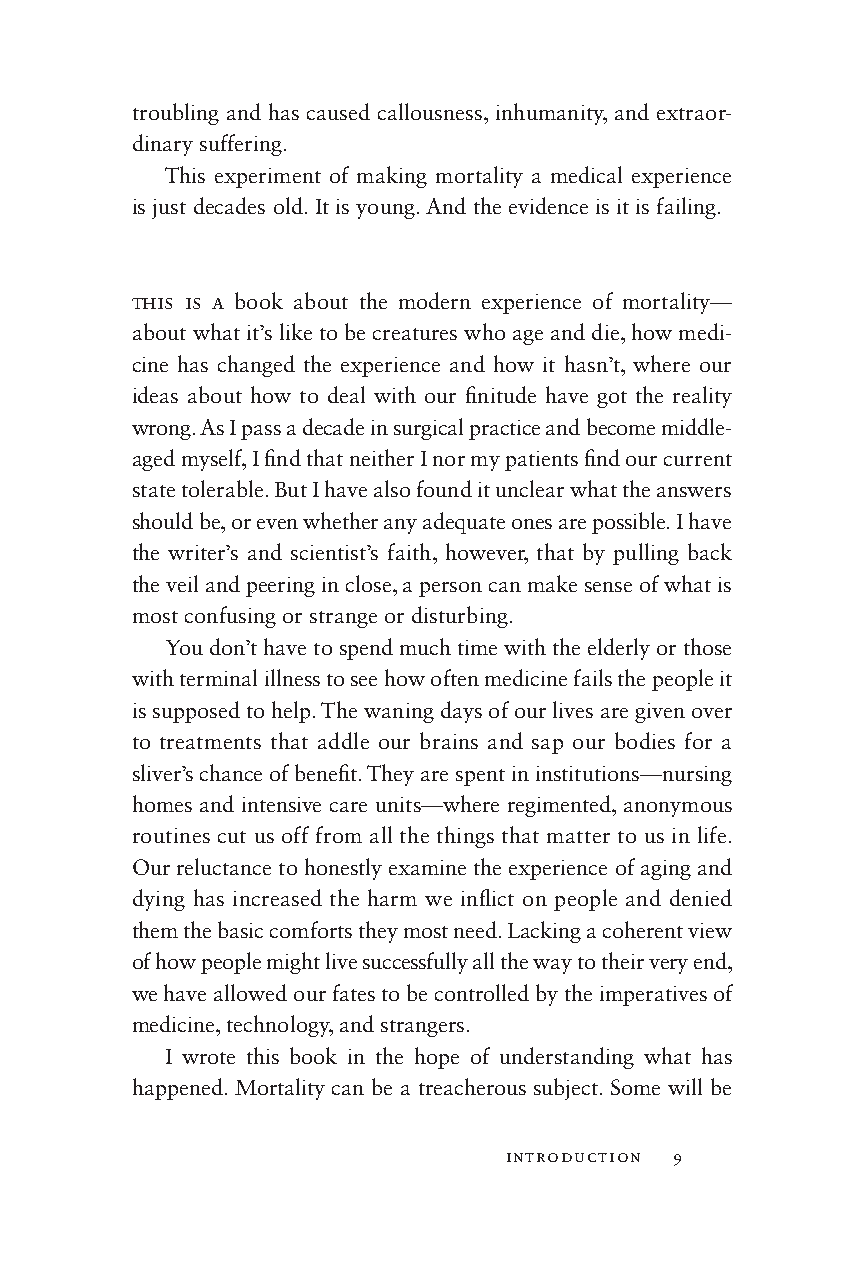
troubling and has caused callousness, inhumanity, and extraor-
 dinary suffering.
 This experiment of making mortality a medical experience
 is just de cades old. It is young. And the evidence is it is failing.
 this is a book about the modern experience of mortality—
 about what it’s like to be creatures who age and die, how medi-
 cine has changed the experience and how it hasn’t, where our
 ideas about how to deal with our fi nitude have got the reality
 wrong. As I pass a dec ade in surgical practice and become middle-
 aged myself, I fi nd that neither I nor my patients fi nd our current
 state tolerable. But I have also found it unclear what the answers
 should be, or even whether any adequate ones are possible. I have
 the writer’s and scientist’s faith, however, that by pulling back
 the veil and peering in close, a person can make sense of what is
 most confusing or strange or disturbing.
 You don’t have to spend much time with the eld er ly or those
 with terminal illness to see how often medicine fails the people it
 is supposed to help. The waning days of our lives are given over
 to treatments that addle our brains and sap our bodies for a
 sliver’s chance of benefi t. They are spent in institutions— nursing
 homes and intensive care units—w here regimented, anonymous
 routines cut us off from all the things that matter to us in life.
 Our reluctance to honestly examine the experience of aging and
 dying has increased the harm we infl ict on people and denied
 them the basic comforts they most need. Lacking a coherent view
 of how people might live successfully all the way to their very end,
 we have allowed our fates to be controlled by the imperatives of
 medicine, technology, and strangers.
 I wrote this book in the hope of understanding what has
 happened. Mortality can be a treacherous subject. Some will be
 Introduction 9
 002200--5588552266__cchh0011__77PP..iinndddd 99 88//66//1144 1100::2299 AAMM